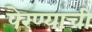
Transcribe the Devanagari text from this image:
पेरण्याची